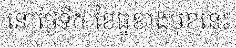
នៅថ្ងៃទី៥ ខែធ្នូខាងមុខនេះ